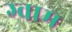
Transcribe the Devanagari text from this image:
ग्वाम